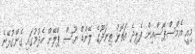
މިއީ އެމްސްޕޭސްއިން ފެލިދެ އަތޮޅު ތިނަދޫގެ ލޭންޑް ޔޫސް ޕްލޭން ހެދުމުގައި ގެންގުޅޭނެ